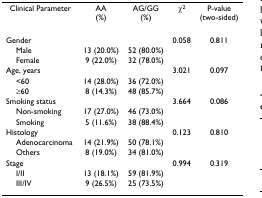
<table><thead><tr><td><b>Clinical Parameter</b></td><td><b>AA(%)</b></td><td><b>AG/GG(%)</b></td><td><b>χ<sup>2</sup></b></td><td><b>P-value(two-sided)</b></td></tr></thead><tbody><tr><td>Gender</td><td></td><td></td><td>0.058</td><td>0.811</td></tr><tr><td> Male</td><td>13 (20.0%)</td><td>52 (80.0%)</td><td></td><td></td></tr><tr><td> Female</td><td>9 (22.0%)</td><td>32 (78.0%)</td><td></td><td></td></tr><tr><td>Age, years</td><td></td><td></td><td>3.021</td><td>0.097</td></tr><tr><td> &lt;60</td><td>14 (28.0%)</td><td>36 (72.0%)</td><td></td><td></td></tr><tr><td> ≥60</td><td>8 (14.3%)</td><td>48 (85.7%)</td><td></td><td></td></tr><tr><td>Smoking status</td><td></td><td></td><td>3.664</td><td>0.086</td></tr><tr><td> Non-smoking</td><td>17 (27.0%)</td><td>46 (73.0%)</td><td></td><td></td></tr><tr><td> Smoking</td><td>5 (11.6%)</td><td>38 (88.4%)</td><td></td><td></td></tr><tr><td>Histology</td><td></td><td></td><td>0.123</td><td>0.810</td></tr><tr><td> Adenocarcinoma</td><td>14 (21.9%)</td><td>50 (78.1%)</td><td></td><td></td></tr><tr><td> Others</td><td>8 (19.0%)</td><td>34 (81.0%)</td><td></td><td></td></tr><tr><td>Stage</td><td></td><td></td><td>0.994</td><td>0.319</td></tr><tr><td> I/II</td><td>13 (18.1%)</td><td>59 (81.9%)</td><td></td><td></td></tr><tr><td> III/IV</td><td>9 (26.5%)</td><td>25 (73.5%)</td><td></td><td></td></tr></tbody></table>